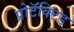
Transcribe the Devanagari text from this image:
प्रोटॅक्टिड